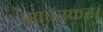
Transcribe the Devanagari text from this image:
सावरकर।